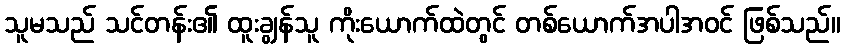
သူမသည် သင်တန်း၏ ထူးချွန်သူ ကိုးယောက်ထဲတွင် တစ်ယောက်အပါအဝင် ဖြစ်သည်။